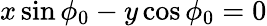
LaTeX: x\sin\phi_{0}-y\cos\phi_{0}=0